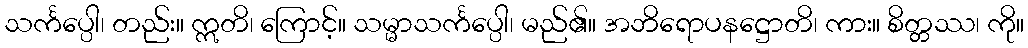
သင်္ကပ္ပေါ၊ တည်း။ ဣတိ၊ ကြောင့်။ သမ္မာသင်္ကပ္ပေါ၊ မည်၏။ အဘိရောပနဋ္ဌောတိ၊ ကား။ စိတ္တဿ၊ ကို။